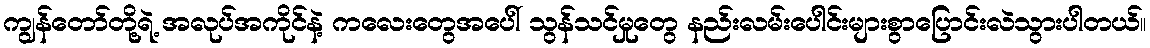
ကျွန်တော်တို့ရဲ့ အလုပ်အကိုင်နဲ့ ကလေးတွေအပေါ် သွန်သင်မှုတွေ နည်းလမ်းပေါင်းများစွာပြောင်းလဲသွားပါတယ်။